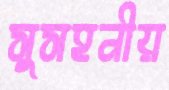
সুসহনীয়